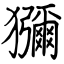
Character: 獼